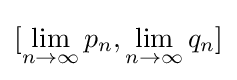
[\lim _{n\to \infty }p_{n},\lim _{n\to \infty }q_{n}]